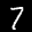
Label: 7